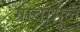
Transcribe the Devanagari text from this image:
ग्रीवामूल